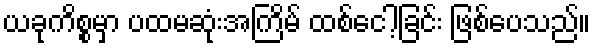
ယခုကိစ္စမှာ ပထမဆုံးအကြိမ် ထစ်ငေါ့ခြင်း ဖြစ်ပေသည်။